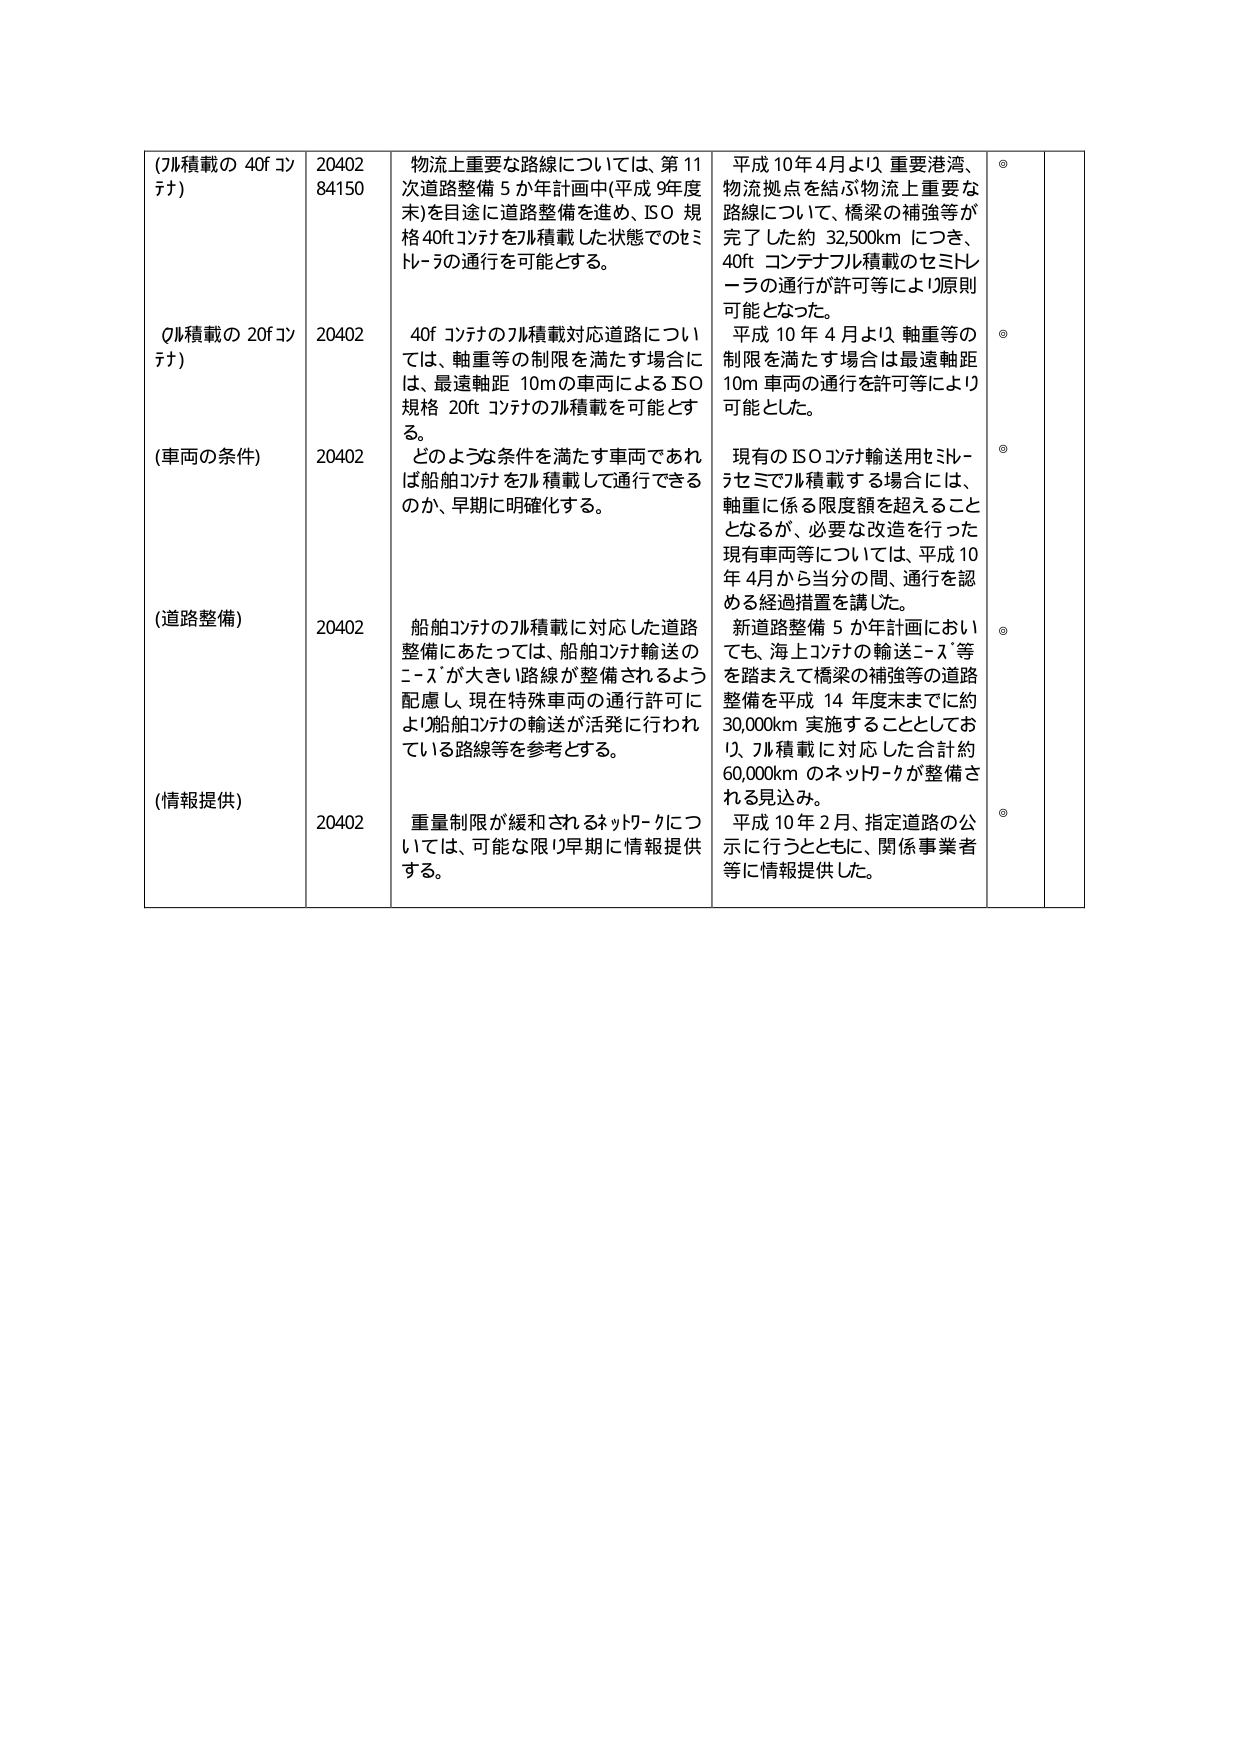
(7ル積載の 40f コンテナ)
20402
84150
物流上重要な路線については、第11次道路整備5か年計画中(平成9年度末)を目途に道路整備を進め、ISO規格40ftコンテナを7ル積載した状態でのセミトレーラの通行を可能とする。

平成10年4月より、重要港湾、物流拠点を結ぶ物流上重要な路線について、橋梁の補強等が完了した約32,500kmにつき、40ftコンテナフル積載のセミトレーラの通行が許可等により原則可能となった。

◎

(7ル積載の 20f コンテナ)
20402
40fコンテナの7ル積載対応道路については、軸重等の制限を満たす場合には、最遠軸距10mの車両によるISO規格20ftコンテナの7ル積載を可能とする。

平成10年4月より、軸重等の制限を満たす場合は最遠軸距10m車両の通行を許可等により可能とした。

◎

(車両の条件)
20402
どのような条件を満たす車両であれば船舶コンテナを7ル積載して通行できるのか、早期に明確化する。

現有のISOコンテナ輸送用セミトレーラセミで7ル積載する場合には、軸重に係る限度額を超えることとなるが、必要な改造を行った現有車両等については、平成10年4月から当分の間、通行を認める経過措置を講じた。

◎

(道路整備)
20402
船舶コンテナの7ル積載に対応した道路整備にあたっては、船舶コンテナ輸送のニーズが大きい路線が整備されるよう配慮し、現在特殊車両の通行許可により船舶コンテナの輸送が活発に行われている路線等を参考とする。

新道路整備5か年計画においても、海上コンテナの輸送ニーズ等を踏まえて橋梁の補強等の道路整備を平成14年度末までに約30,000km実施することとしており、7ル積載に対応した合計約60,000kmのネットワークが整備される見込み。

◎

(情報提供)
20402
重量制限が緩和されるネットワークについては、可能な限り早期に情報提供する。

平成10年2月、指定道路の公示に行うとともに、関係事業者等に情報提供した。

◎